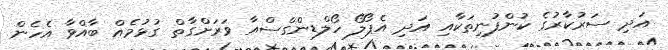
އަދި ސަރުކާރުގެ ކުންފުނިތަކާއި އަދި އެޕޯލޯ ހޯލްޑިންގްސްއާ ވަރަށްގާތް ގުޅުމެއް ބާއްވާ އެހެން